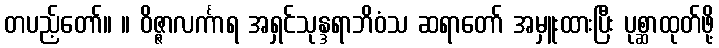
တပည့်တော်။ ။ ဝိဇ္ဇာလင်္ကာရ အရှင်သုန္ဒရာဘိဝံသ ဆရာတော် အမှူးထားပြီး ပုစ္ဆာထုတ်ဖို့